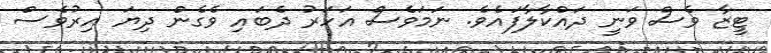
ޓީޒާ ވެސް ވަނީ ދައްކާލާފައެވެ. ނަމަަވެސް އަހަރު ދެބައި ވެގެން ދިޔަ އިރުވެސް